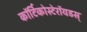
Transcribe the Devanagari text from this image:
कॉर्टिकोस्टेरॉयडस्